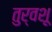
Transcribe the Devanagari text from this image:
तुर्वशू